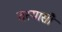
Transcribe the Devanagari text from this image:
तस्यासौ